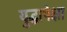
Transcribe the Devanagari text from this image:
युद्धापेक्षा